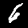
Digit: 6